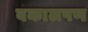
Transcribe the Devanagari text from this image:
बकालपण